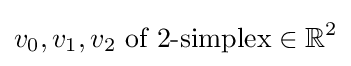
v_{0},v_{1},v_{2}{\text{ of }}2{\text{-simplex}}\in \mathbb {R} ^{2}